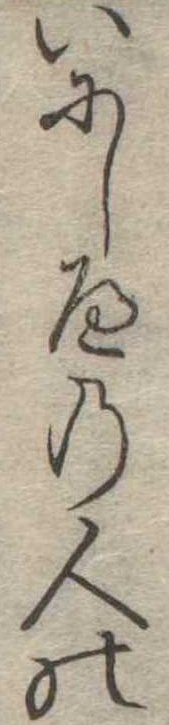
いにしへの人の